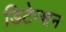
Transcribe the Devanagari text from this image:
डिटेन्शन